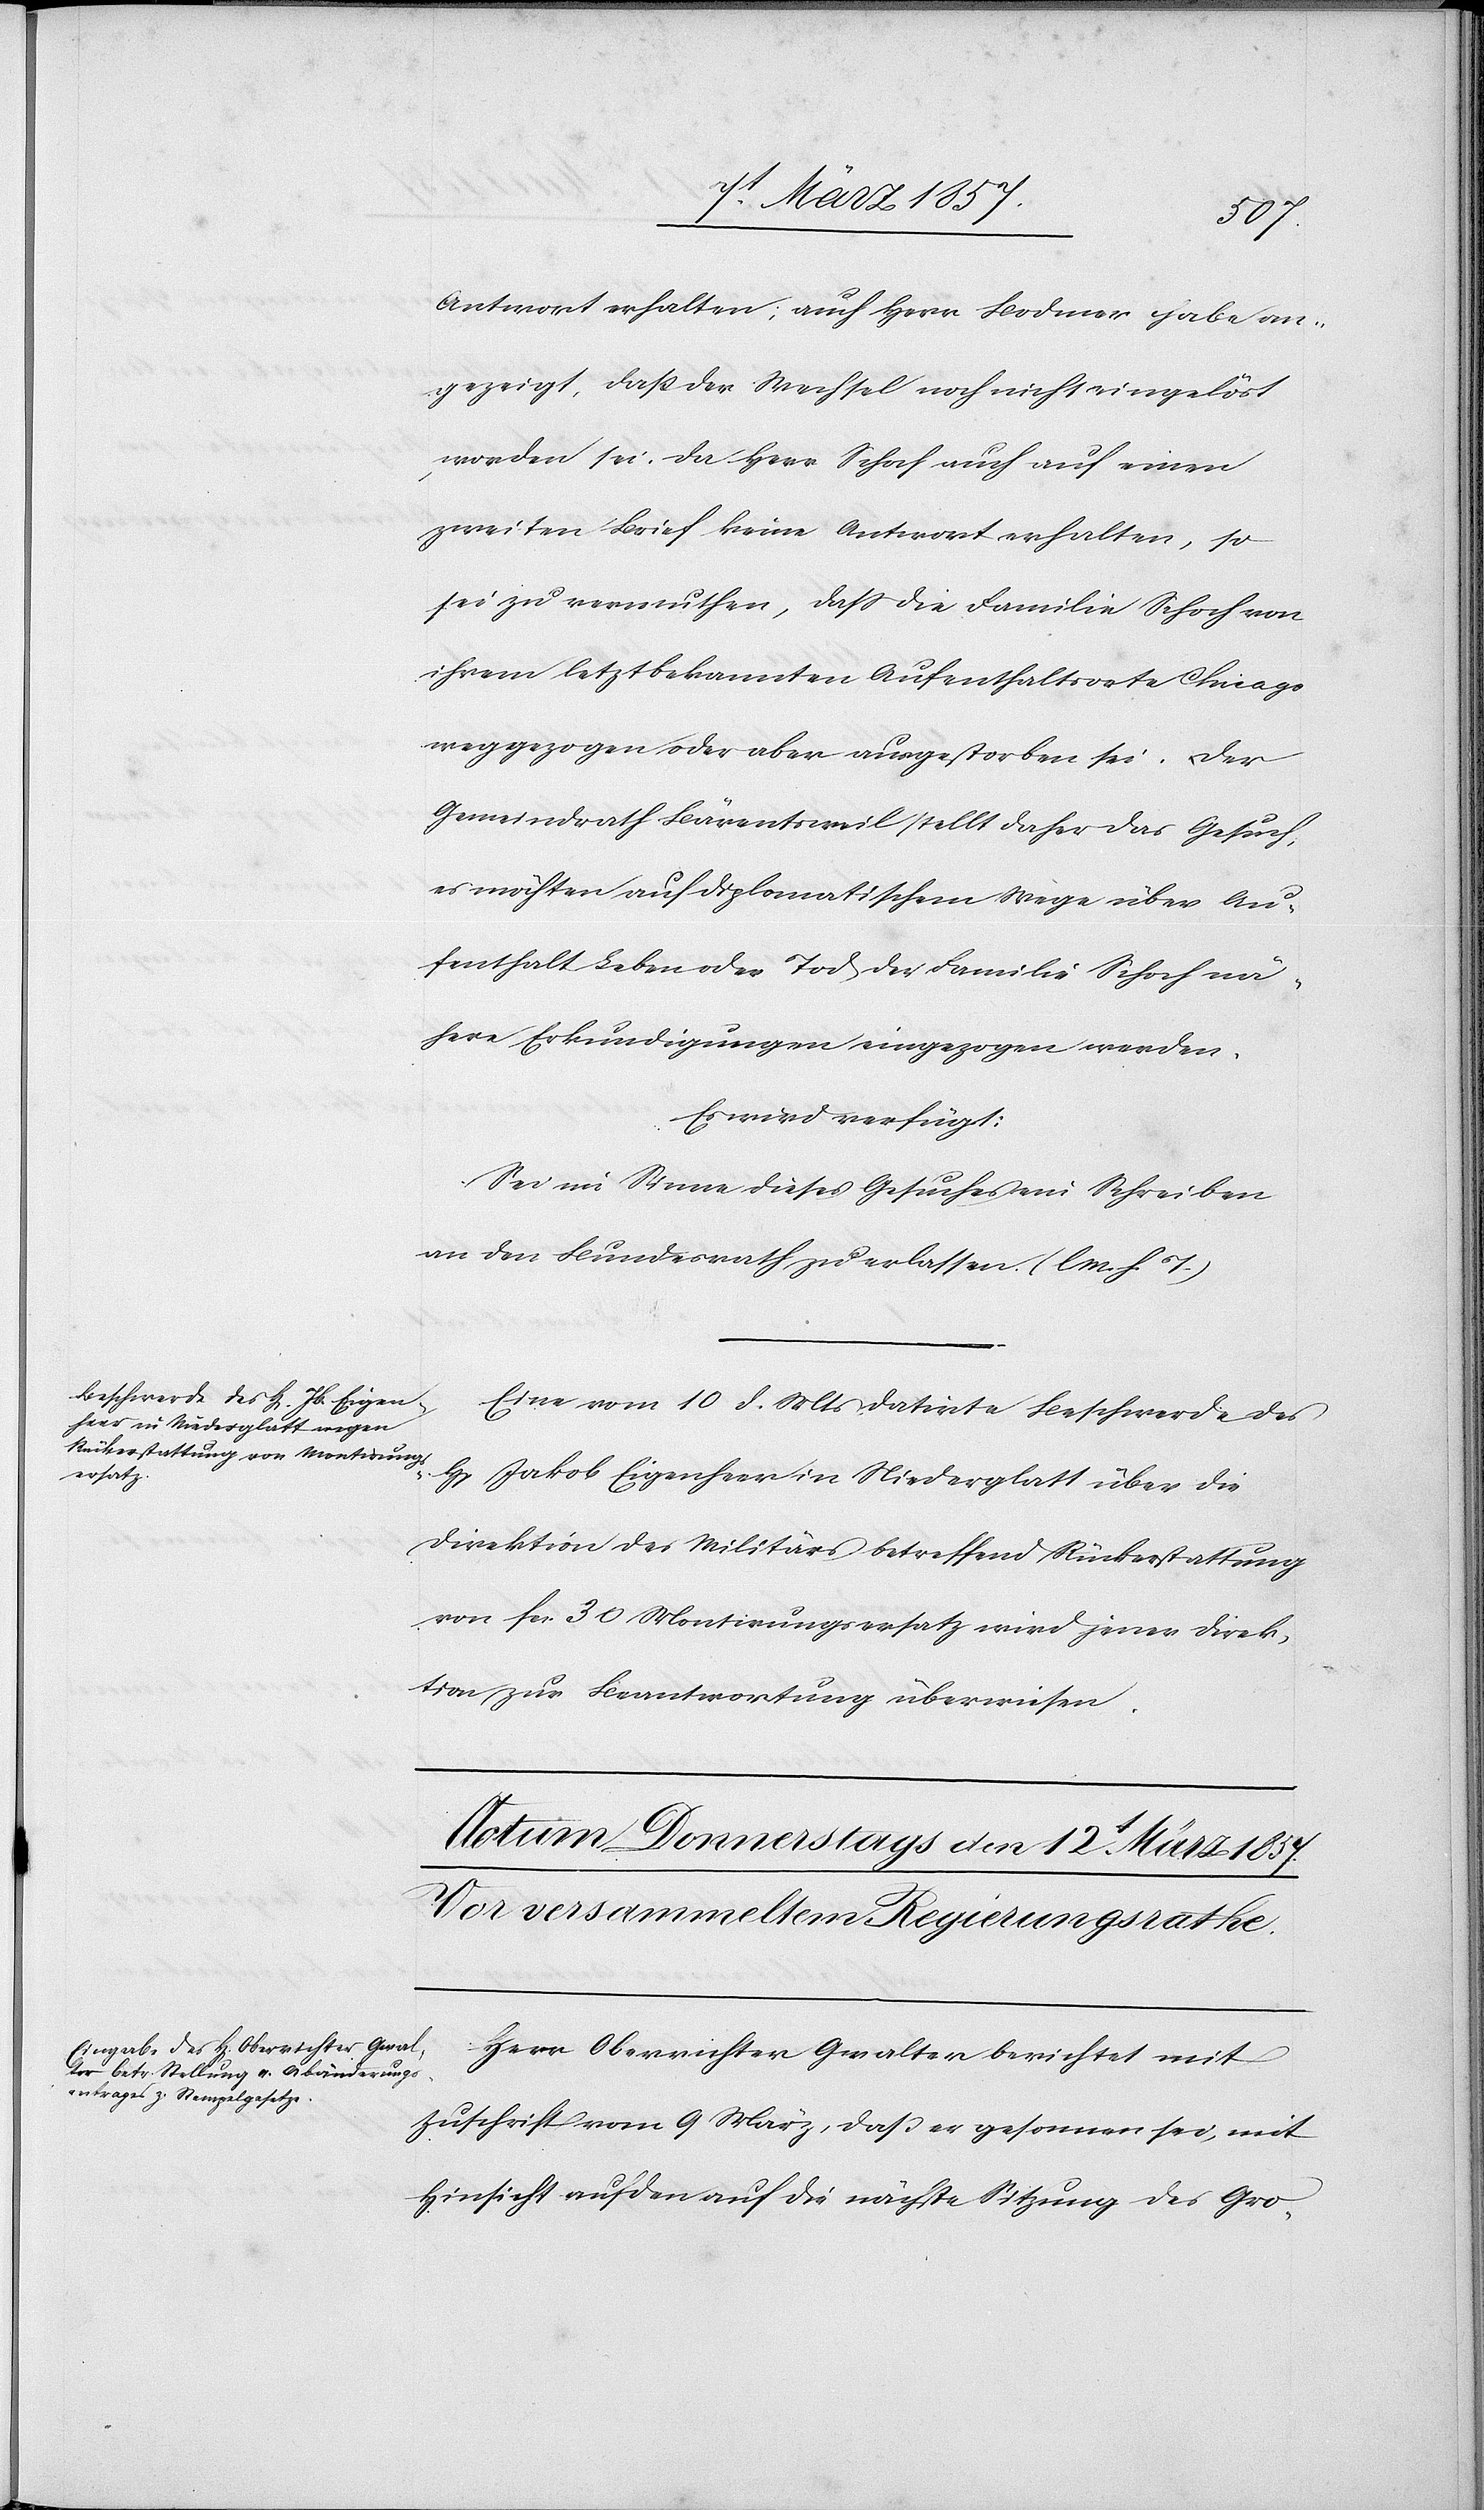
11 März 1857.]
Antwort erhalten; auch Herr Bodmer habe an¬
gezeigt, daß der Wechsel noch nicht eingelöst
worden sei. Da Herr Schoch auch auf einen
zweiten Brief keine Antwort erhalten, so
sei zu vermuthen, daß die Familie Schoch von
ihrem letztbekannten Aufenthaltsorte Chicago
weggezogen oder aber ausgestorben sei. Der
Gemeindrath Bärentsweil stellt daher das Gesuch,
es möchten auf diplomatischem Wege über Au¬
fenthalt[,] Leben oder Tod der Familie Schoch nä¬
here Erkundigungen eingezogen werden.
Es wird verfügt:
Sei im Sinne dieses Gesuches ein Schreiben
an den Bundesrath zu erlassen. (l. M. h. T.)
Eine vom 10 d. Mts datirte Beschwerde des
H[errn] Jakob Eigenheer in Niederglatt über die
Direktion des Militärs betreffend Rückerstattung
von fr. 30 Montirungsersatz wird jener Direk¬
tion zur Beantwortung überwiesen.
Her Oberrichter Gwalter berichtet mit
Zuschrift vom 9 März, daß er gesonnen sei, mit
Hinsicht auf den auf die nächste Sitzung des Gro-